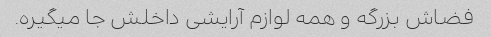
فضاش بزرگه و همه لوازم آرایشی داخلش جا میگیره.